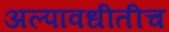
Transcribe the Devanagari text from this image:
अल्पावधीतीच